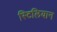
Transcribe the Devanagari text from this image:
स्टिलियान